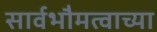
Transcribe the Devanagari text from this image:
सार्वभौमत्वाच्या